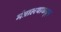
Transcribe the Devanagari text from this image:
मंत्रालयाकडून